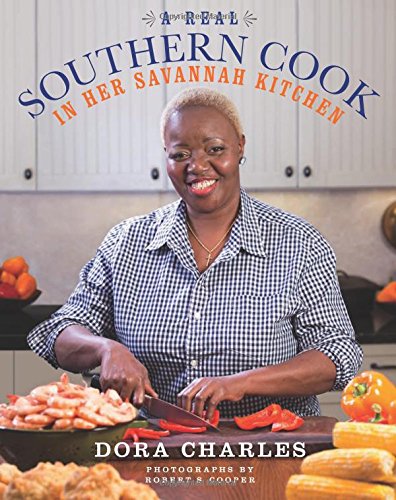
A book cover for A Real Southern Cook: In Her Savannah Kitchen; Dora Charles; Cookbooks, Food & Wine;